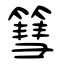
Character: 篲